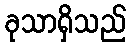
ခုသာရှိသည်